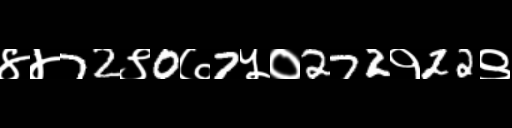
Text: ४४72९0७7५०272१22९